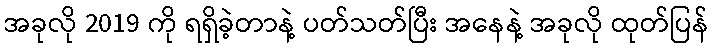
အခုလို 2019 ကို ရရှိခဲ့တာနဲ့ ပတ်သတ်ပြီး အနေနဲ့ အခုလို ထုတ်ပြန်